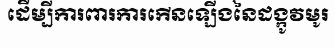
ដើម្បីការពារការកើនឡើងនៃដង្កូវមូរ